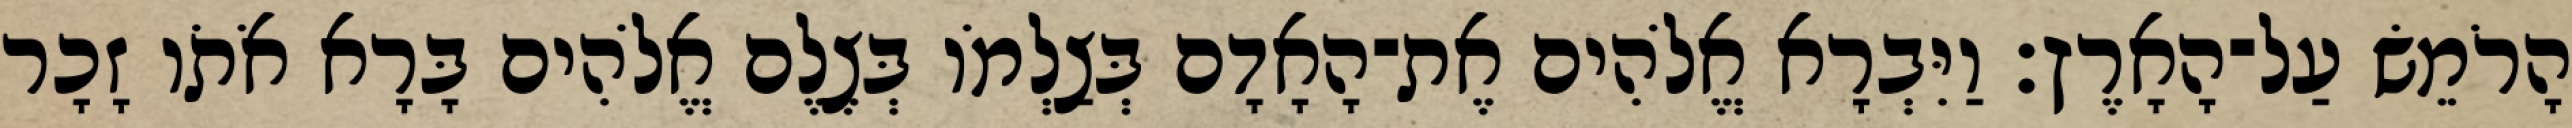
הָרֹמֵשׂ עַל־הָאָרֶץ׃ וַיִּבְרָא אֱלֹהִים אֶת־הָאָדָם בְּצַלְמֹו בְּצֶלֶם אֱלֹהִים בָּרָא אֹתֹו זָכָר